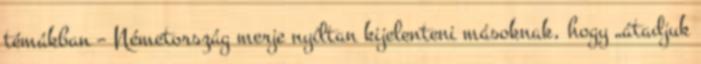
témákban – Németország merje nyíltan kijelenteni másoknak, hogy „átadjuk